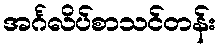
အင်္ဂလိပ်စာသင်တန်း